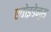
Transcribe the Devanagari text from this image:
एवोइडेन्स